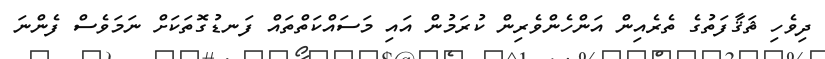
ދިވެހި ޘަޤާފަތުގެ ތެރެއިން އަންހެންވެރިން ކުރަމުން އައި މަސައްކަތްތައް ފަނޑުގޮތަކަށް ނަމަވެސް ފެންނަ